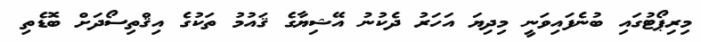
މިރިޕޯޓުގައި ބުނެފައިވަނީ މިދިޔަ އަހަރު ދެކުނު އޭޝިޔާގެ ޤައުމު ތަކުގެ އިޤްތިސޯދަށް ބޮޑެތި